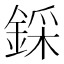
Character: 𨨫